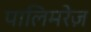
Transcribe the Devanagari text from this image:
पालिमरेज़